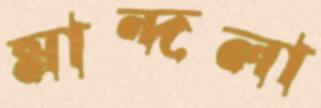
মান্দলা